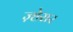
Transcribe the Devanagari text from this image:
ज़्हेरार